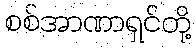
စစ်အာဏာရှင်တို့